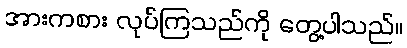
အားကစား လုပ်ကြသည်ကို တွေ့ပါသည်။